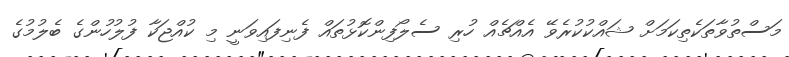
މަސްތުވާތަކެތިކަމަށް ޝައްކުކުރެވޭ އެއްޗެއް ހުރި ސެލޯފިންކޮޅުތައް ފެނިފައިވަނީ މި ކުއްޖަކާ ފުލުހުންގެ ބެލުމުގެ